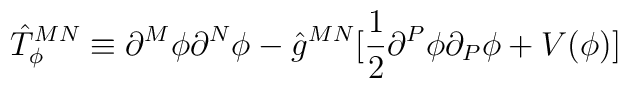
\hat{T}^{MN}_{\phi} \equiv \partial^{M} \phi \partial^{N} \phi  - \hat{g}^{MN} [   \frac{1}{2} \partial^{P} \phi \partial_{P} \phi + V(\phi)]